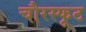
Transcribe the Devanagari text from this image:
चौरस्फूट